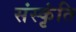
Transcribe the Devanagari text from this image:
संस्कृंति